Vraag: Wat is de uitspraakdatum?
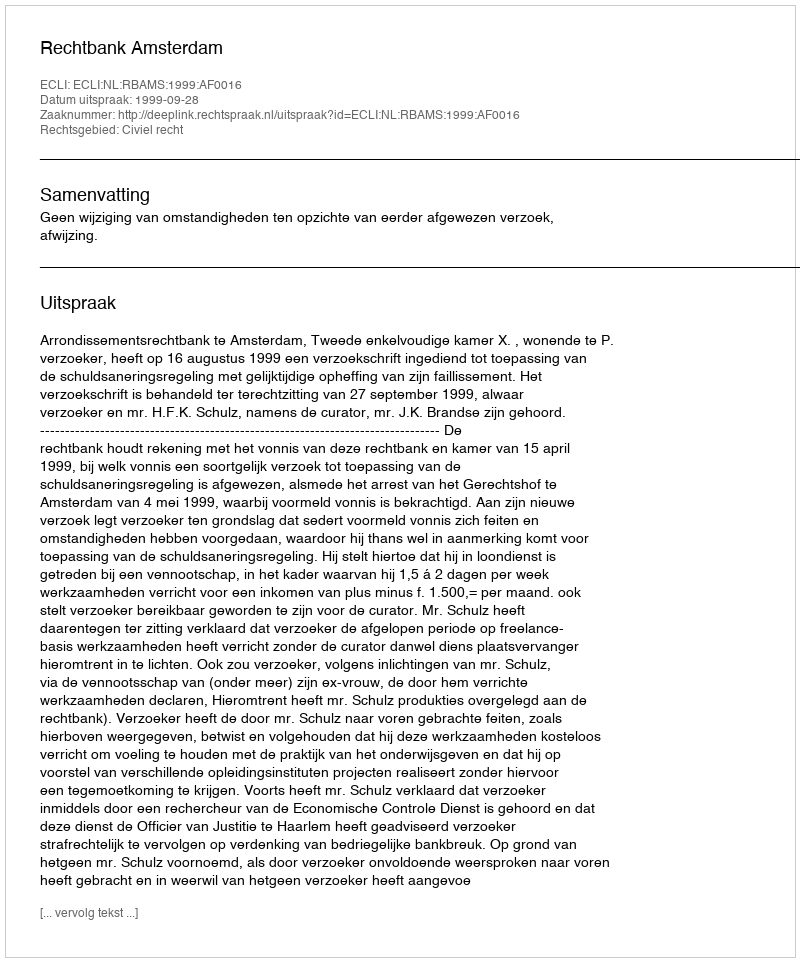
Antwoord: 1999-09-28